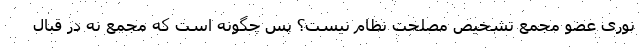
نوری عضو مجمع تشخیص مصلحت نظام نیست؟ پس چگونه است که مجمع نه در قبال